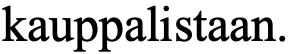
kauppalistaan.